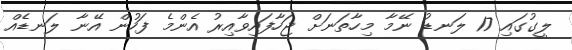
ލީގުގައި 17 ލަނޑު ނޭމާ މިހާތަނަށް ޖަހާފައިވާއިރު އެންމެ ފަހުން އޭނާ ލަނޑެއް